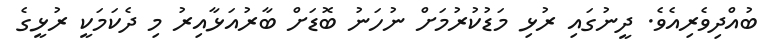
ބުއްދިވެރިއެވެ. ދީނުގައި ރުޅި މަޑުކުރުމަށް ނުހަނު ބޮޑަށް ބާރުއަޅާއިރު މި ދެކަމަކީ ރުޅީގެ